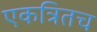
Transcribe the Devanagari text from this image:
एकत्रितच